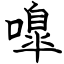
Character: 嘷